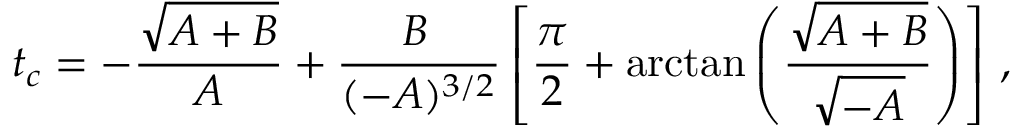
t _ { c } = - \frac { \sqrt { A + B } } { A } + \frac { B \, } { ( - A ) ^ { 3 / 2 } } \left[ \frac { \pi } { 2 } + \mathrm { a r c t a n } \left( \frac { \sqrt { A + B } } { \sqrt { - A } } \right) \right] \, ,